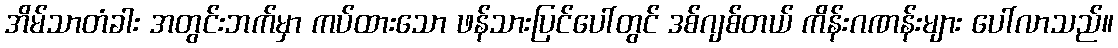
အိမ်သာတံခါး အတွင်းဘက်မှာ ကပ်ထားသော ဖန်သားပြင်ပေါ်တွင် ဒစ်ဂျစ်တယ် ကိန်းဂဏန်းများ ပေါ်လာသည်။